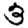
Digit: 3